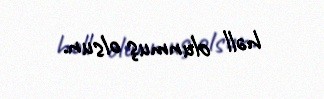
həll olunmuş olsun.